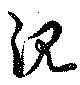
沈